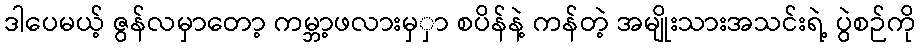
ဒါပေမယ့် ဇွန်လမှာတော့ ကမ္ဘာ့ဖလားမှှာ စပိန်နဲ့ ကန်တဲ့ အမျိုးသားအသင်းရဲ့ ပွဲစဉ်ကို